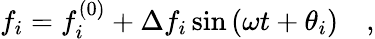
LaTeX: f_{i}=f_{i}^{(0)}+\Delta f_{i}\sin{(\omega t+\theta_{i})}\quad,